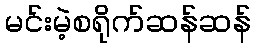
မင်းမဲ့စရိုက်ဆန်ဆန်